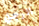
الرجل